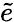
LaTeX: \widetilde{e}